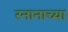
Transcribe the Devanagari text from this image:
स्नानाच्या